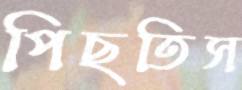
পিছতিস